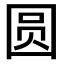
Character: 圆